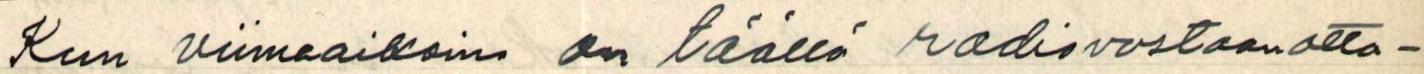
Kun viimeaikoina on täällä radiovastaanotta-